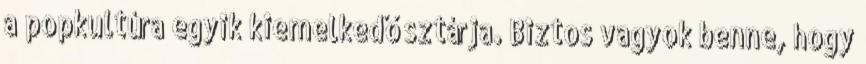
a popkultúra egyik kiemelkedő sztárja. Biztos vagyok benne, hogy